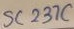
Text: SC237C